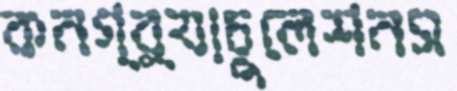
কনগ্র্যাচুলেশনস